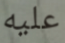
عليه